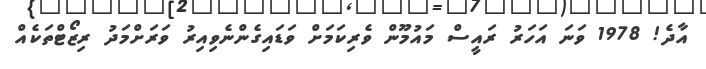
އާދެ! 1978 ވަނަ އަހަރު ރައީސް މައުމޫން ވެރިކަމަށް ވަޑައިގެންނެވިއިރު ވަރަށްމަދު ރިޒޯޓްތަކެއް